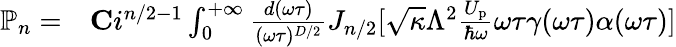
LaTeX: \begin{array}{rl}{\mathbb{P}_{n}=}&{{}{\mathbf C}i^{n/2-1}\int_{0}^{+\infty}\frac{d(\omega\tau)}{(\omega\tau)^{D/2}}J_{n/2}[\sqrt{\kappa}\Lambda^{2}\frac{U_{\mathrm{p}}}{\hbar\omega}\omega\tau\gamma(\omega\tau)\alpha(\omega\tau)]}\end{array}